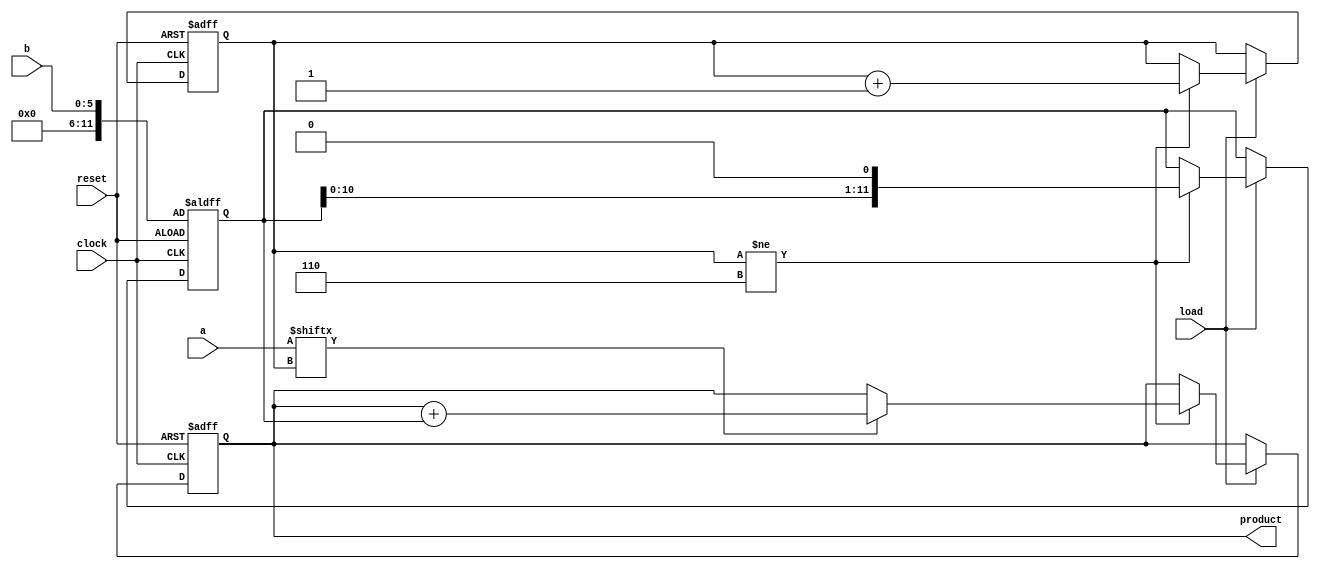
`timescale 1ns / 1ps

//////////////////////////////////////////////////////////////////////////////////
// Assignment 3 verilog design of binary multipliers
// Module Name: unsigned_seq_mult_LS
// Project Name: left shift multiplier
// Description: Group No 28
// Roll no - 18CS10013, 18CS10024
//////////////////////////////////////////////////////////////////////////////////


module unsigned_seq_mult_LS(input clock, input reset, input load, input [5:0] a, input [5:0] b, output reg [11:0] product);
    reg [2:0] c;
    reg [11:0] lshift;
    always @(posedge clock or posedge reset)
    begin
        if(reset == 1)
        begin
            lshift = b;
            product = 0;
            c = 0;
        end
        else
        if(load)
        begin
             begin
                if(c!=6)
                begin
                    if(a[c])
                        product = product + lshift;
                    lshift = lshift << 1;
                    c = c+1;
                end
            end
        end
    end
endmodule